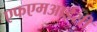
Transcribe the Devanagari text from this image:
एफएमआईसी